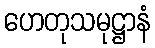
ဟေတုသမုဋ္ဌာနံ